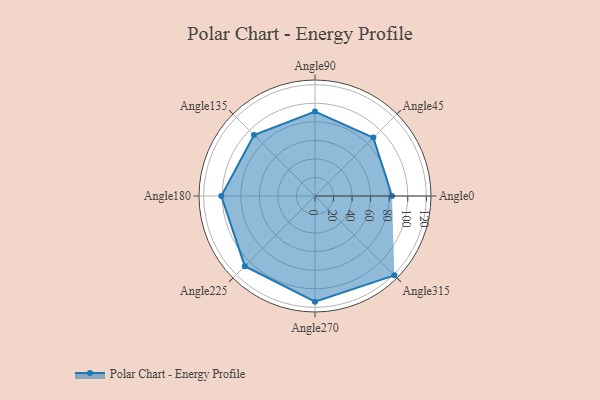
{"axis": {"x": "Angle", "y": "Radius"}, "legend": [""], "data": [{"x": "Angle0", "y": 83.0, "type": ""}, {"x": "Angle45", "y": 89.0, "type": ""}, {"x": "Angle90", "y": 91.0, "type": ""}, {"x": "Angle135", "y": 93.0, "type": ""}, {"x": "Angle180", "y": 101.0, "type": ""}, {"x": "Angle225", "y": 107.0, "type": ""}, {"x": "Angle270", "y": 114.0, "type": ""}, {"x": "Angle315", "y": 121.0, "type": ""}]}